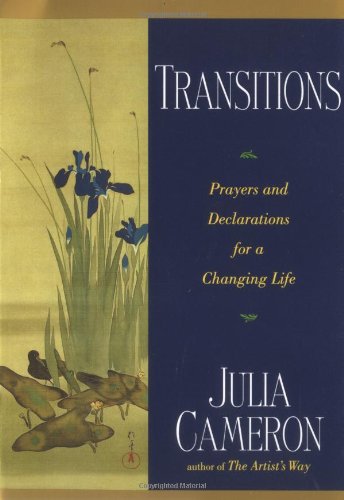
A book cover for Transitions: Prayers and Declarations for a Changing Life; Julia Cameron; Religion & Spirituality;